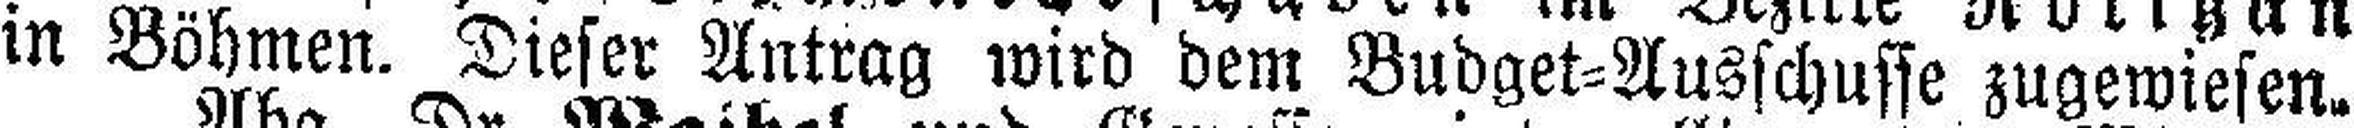
in Böhmen. Dieser Antrag wird dem Budget=Ausschusse zugewiesen.